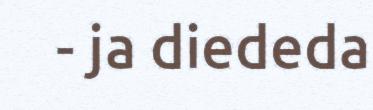
- ja diededa